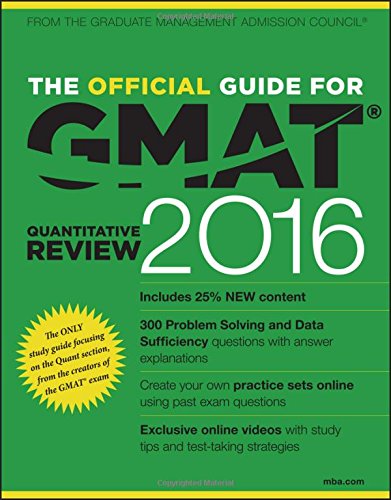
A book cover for The Official Guide for GMAT Quantitative Review 2016 with Online Question Bank and Exclusive Video; GMAC (Graduate Management Admission Council); Test Preparation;